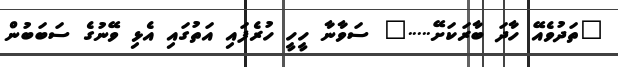
"ތަދުވެއޭ ހާދަ ބާރަކަށޭ....." ސަވާނާ ހީހީ ހުރެފައި އަތުގައި އެޅި ވޭނުގެ ސަބަބުން